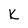
Character: k